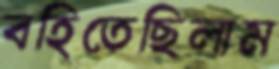
বহিতেছিলাম